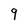
Character: 9